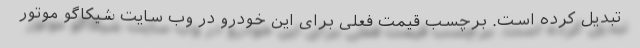
تبدیل کرده است. برچسب قیمت فعلی برای این خودرو در وب سایت شیکاگو موتور